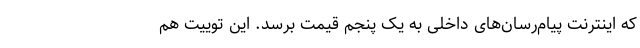
که اینترنت پیام‌رسان‌های داخلی به یک پنجم قیمت برسد. این توییت هم